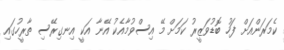
ކެމަރަންއަށް ފަހު ބޮޑުވަޒީރު ކަމަށް މޭ އިސްވުމާއެކު އޭނާ އަކީ އިނގިރޭސި ތާރީހުގައި